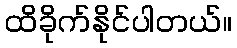
ထိခိုက်နိုင်ပါတယ်။